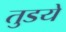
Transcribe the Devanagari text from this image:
तुडये